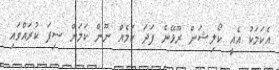
އެކަމަކު އެއީ ކޯލިޝަން ރޫޅޭނެ ފަދަ ކަމެއް ނޫން ކަމަށް ސިފަ ކުރައްވައި